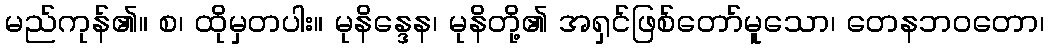
မည်ကုန်၏။ စ၊ ထိုမှတပါး။ မုနိန္ဒေန၊ မုနိတို့၏ အရှင်ဖြစ်တော်မူသော၊ တေနဘဝတော၊